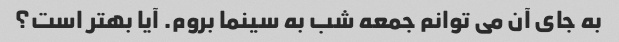
به جای آن می توانم جمعه شب به سینما بروم. آیا بهتر است؟